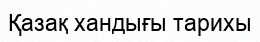
Қазақ хандығы тарихы